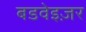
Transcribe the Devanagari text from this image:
बडवेइज़र